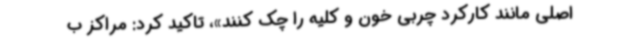
اصلی مانند کارکرد چربی خون و کلیه را چک کنند»، تاکید کرد: مراکز ب